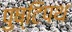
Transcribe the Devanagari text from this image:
पुष्टिपथ